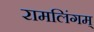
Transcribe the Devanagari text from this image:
रामलिंगम्